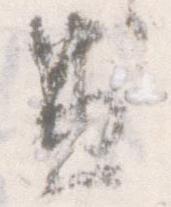
愚